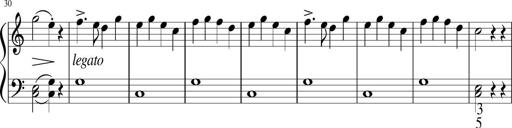
Title: 6 Instructive Sonatinas
Composer: Jacob Schmitt